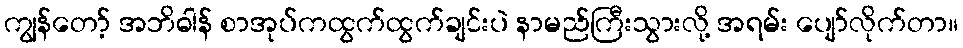
ကျွန်တော့် အဘိဓါန် စာအုပ်ကထွက်ထွက်ချင်းပဲ နာမည်ကြီးသွားလို့ အရမ်း ပျော်လိုက်တာ။